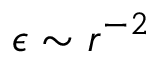
\epsilon \sim r ^ { - 2 }